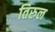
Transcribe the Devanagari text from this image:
तिरुल